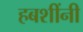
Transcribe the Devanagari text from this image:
हबशींनी